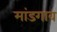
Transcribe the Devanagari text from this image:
मांडगाव